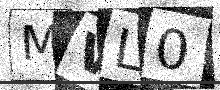
Text: MVL0